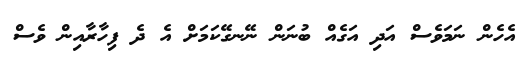
އެހެން ނަމަވެސް އަދި އަގެއް ބުނަން ނޭނގޭކަމަށް އެ ދެ ފިހާރާއިން ވެސް